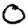
Digit: 0